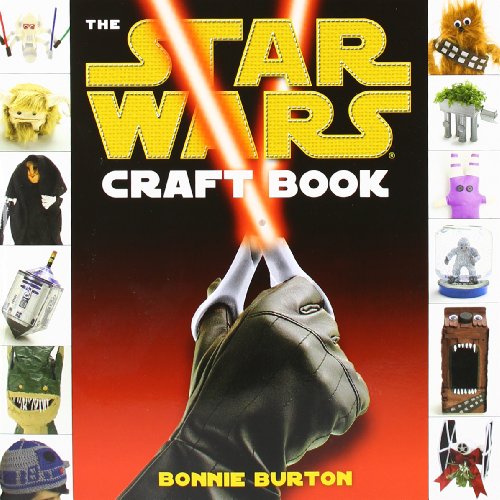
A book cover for The Star Wars Craft Book (Star Wars - Legends); Bonnie Burton; Crafts, Hobbies & Home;